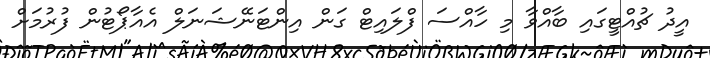
އީދު ޗުއްޓީގައި ބާއްވާ މި ހާއްސަ ފްލައިޓް ގަން އިންޓަނޭޝަނަލް އެއާޕޯޓުން ފުރުމަށް